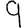
Digit: 9